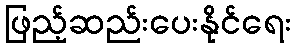
ဖြည့်ဆည်းပေးနိုင်ရေး